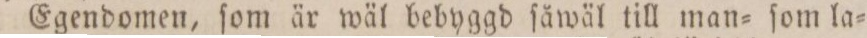
Egendomen, ſom är wäl bebyggd ſäwäl till man= ſom la=